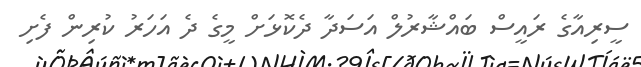
ސީރިއާގެ ރައީސް ބައްޝާރުލް އަސަދާ ދެކޮޅަށް މީގެ ދެ އަހަރު ކުރިން ފެށި